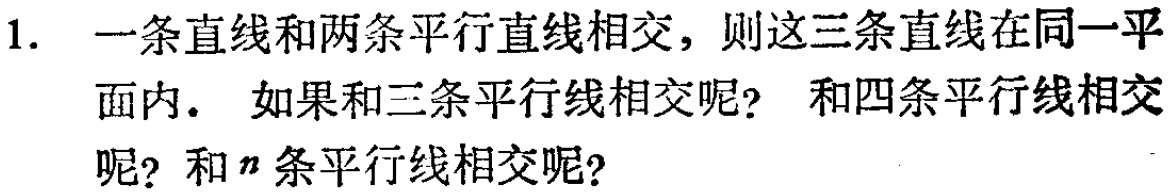
1. 一条直线和两条平行直线相交，则这三条直线在同一平面内. 如果和三条平行线相交呢？和四条平行线相交呢？和\(n\)条平行线相交呢？